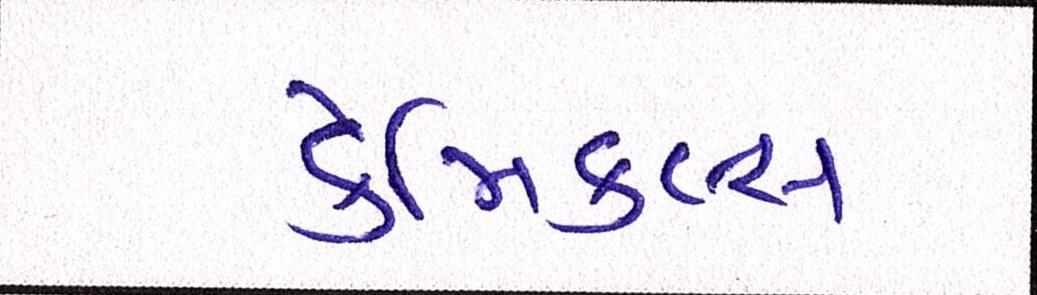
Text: કેમિકલ્સ